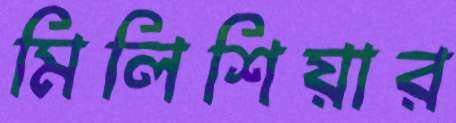
মিলিশিয়ার